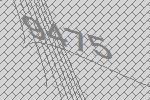
9475